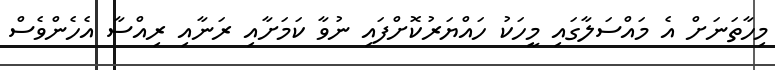
މިހާތަނަށް އެ މައްސަލާގައި މީހަކު ހައްޔަރުކޮށްފައި ނުވާ ކަމަށާއި ރަނާއި ރިއްސާ އެހެންވެސް